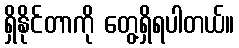
ရှိနိုင်တာကို တွေ့ရှိရပါတယ်။